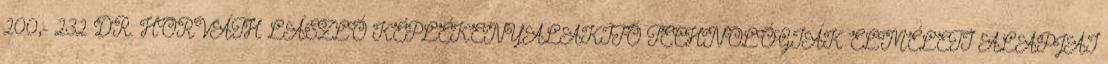
200,- 232 DR. HORVÁTH LÁSZLÓ KÉPLÉKENYALAKÍTÓ TECHNOLÓGIÁK ELMÉLETI ALAPJAI